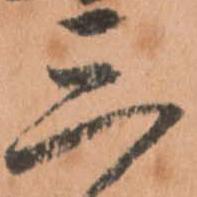
三